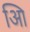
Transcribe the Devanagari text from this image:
आि